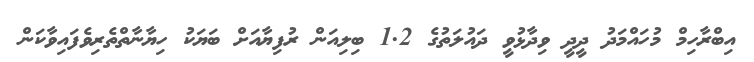
އިބްރާހިމް މުހައްމަދު ދީދީ ވިދާޅުވީ ދައުލަތުގެ 1.2 ބިލިއަން ރުފިޔާއަށް ބަޔަކު ހިޔާނާތްތެރިވެފައިވާކަން